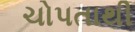
ચોપતાથી